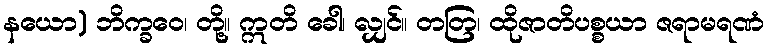
နယော) ဘိက္ခဝေ၊ တို့။ ဣတိ ခေါ၊ လျှင်။ တတြ၊ ထိုဇာတိပစ္စယာ ဇရာမရဏံ